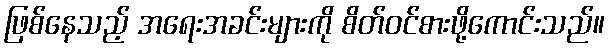
ဖြစ်နေသည့် အရေးအခင်းများကို စိတ်ဝင်စားဖို့ကောင်းသည်။